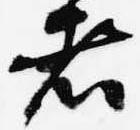
者